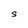
Character: S